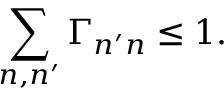
\sum _ { n , n ^ { \prime } } \Gamma _ { n ^ { \prime } n } \leq 1 .